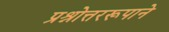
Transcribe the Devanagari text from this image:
प्रश्नोत्तररूपाने